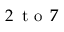
2 \, \mathrm { ~ t ~ o ~ } \, 7 \